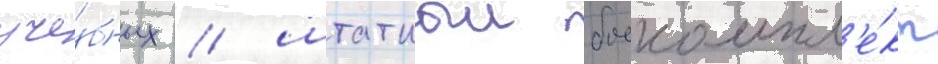
уче́бных / штатныи боекомпл'е́кт